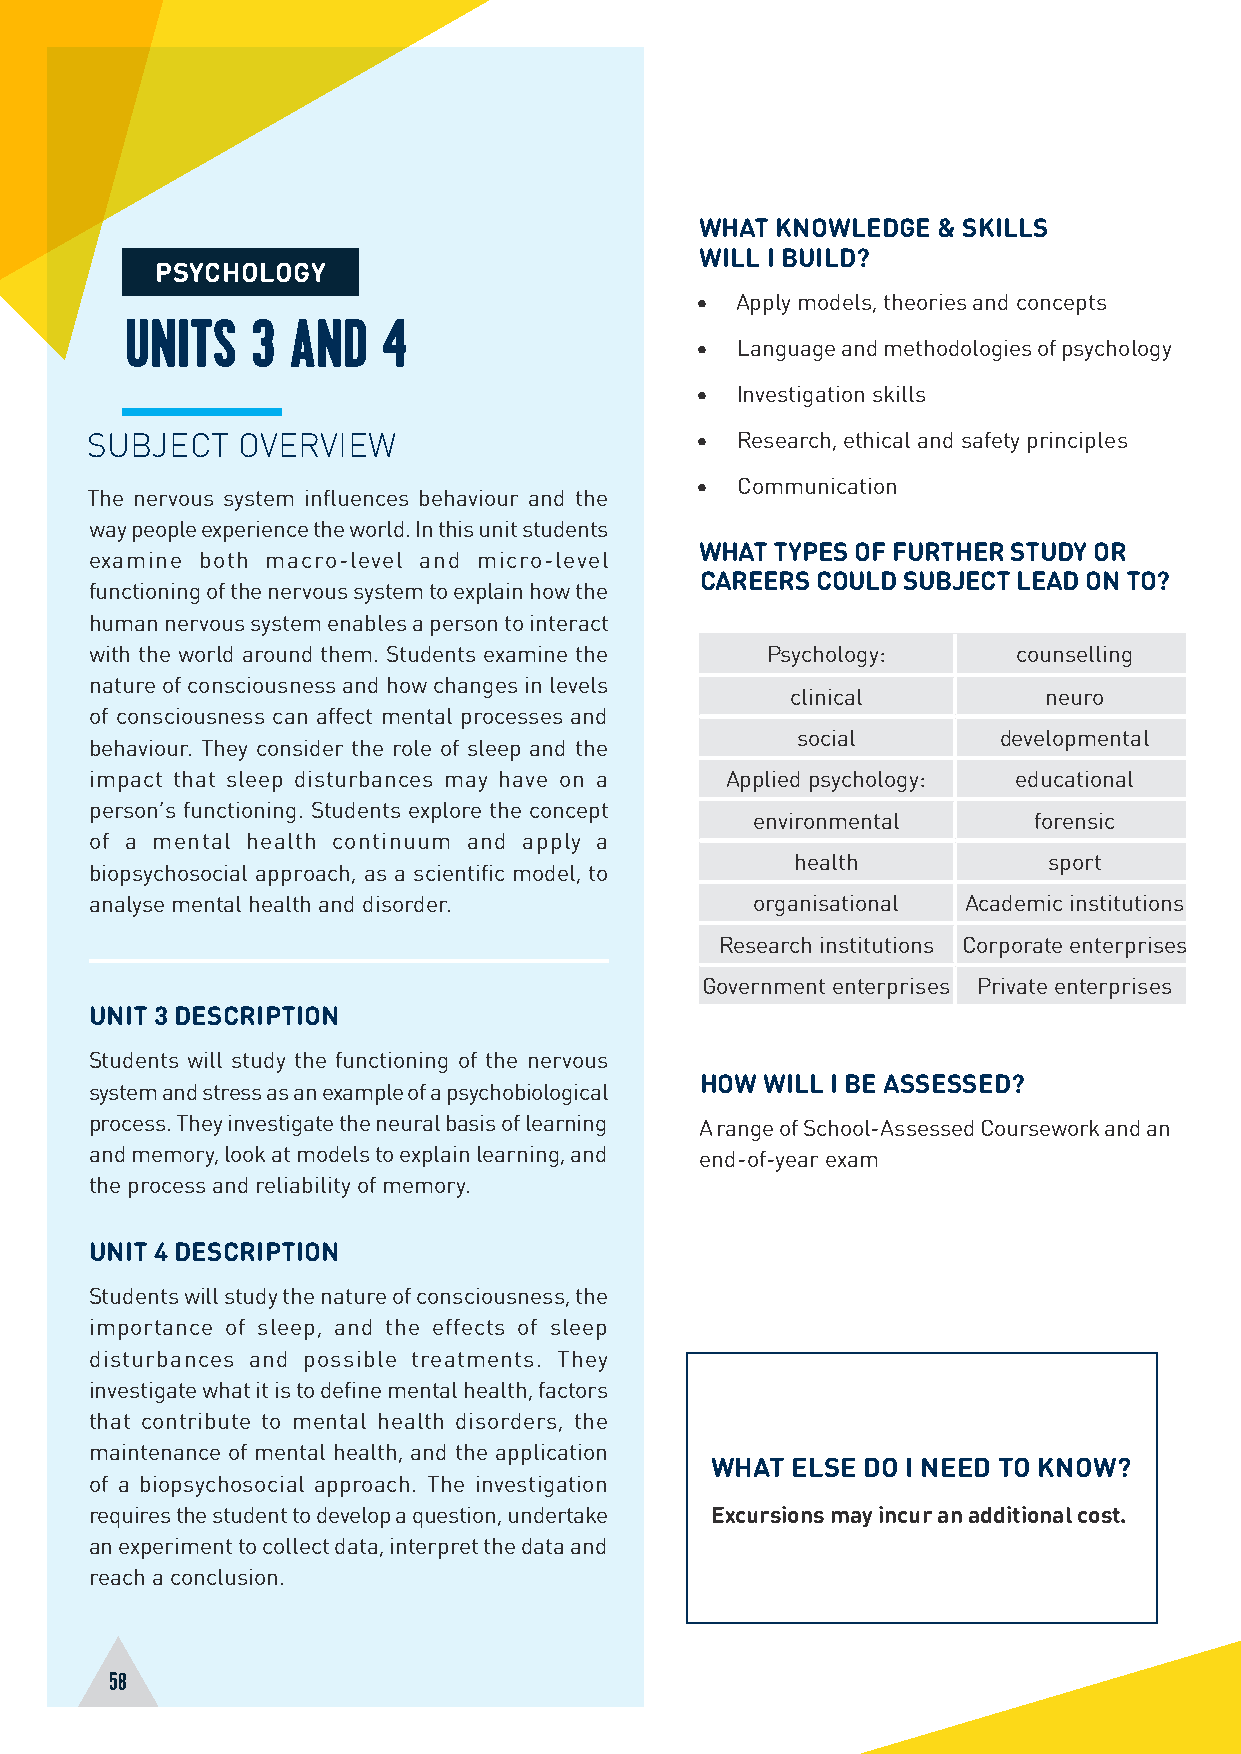
WHAT KNOWLEDGE  & SKILLS
 WILL I BUILD?
 PSYCHOLOGY
 •  Apply models, theories and concepts
 UNITS    3 AND   4
 •  Language and methodologies of psychology
 •  Investigation skills
 SUBJECT   OVERVIEW                      •  Research, ethical and safety principles
 •  Communication
 The nervous system influences behaviour and the
 way people experience the world. In this unit students
 WHAT TYPES OF FURTHER STUDY OR
 examine both macro-level and micro-level
 CAREERS COULD SUBJECT LEAD ON TO?
 functioning of the nervous system to explain how the
 human nervous system enables a person to interact
 with the world around them. Students examine the Psychology: counselling
 nature of consciousness and how changes in levels
 clinical         neuro
 of consciousness can affect mental processes and
 social       developmental
 behaviour. They consider the role of sleep and the
 impact that sleep disturbances may have on a Applied psychology: educational
 person’s functioning. Students explore the concept
 environmental     forensic
 of a mental health continuum and apply a
 health          sport
 biopsychosocial approach, as a scientific model, to
 analyse mental health and disorder.         organisational Academic institutions
 Research institutions Corporate enterprises
 Government enterprises Private enterprises
 UNIT 3 DESCRIPTION
 Students will study the functioning of the nervous
 HOW WILL I BE ASSESSED?
 system and stress as an example of a psychobiological
 process. They investigate the neural basis of learning A range of School-Assessed Coursework and an
 and memory, look at models to explain learning, and end-of-year exam
 the process and reliability of memory.
 UNIT 4 DESCRIPTION
 Students will study the nature of consciousness, the
 importance of sleep, and the effects of sleep
 disturbances and possible treatments. They
 investigate what it is to define mental health, factors
 that contribute to mental health disorders, the
 maintenance of mental health, and the application
 WHAT ELSE DO I NEED TO KNOW?
 of a biopsychosocial approach. The investigation
 requires the student to develop a question, undertake Excursions may incur an additional cost.
 an experiment to collect data, interpret the data and
 reach a conclusion.
 58